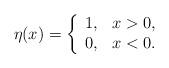
LaTeX: \begin{align*}\eta(x)=\left\{\begin{array}{cc}1,&x>0,\\0,&x<0.\end{array}\right.\end{align*}